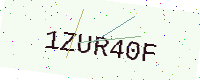
Text: 1ZUR40F